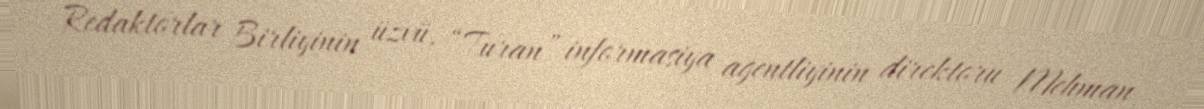
Redaktorlar Birliyinin üzvü, “Turan” informasiya agentliyinin direktoru Mehman